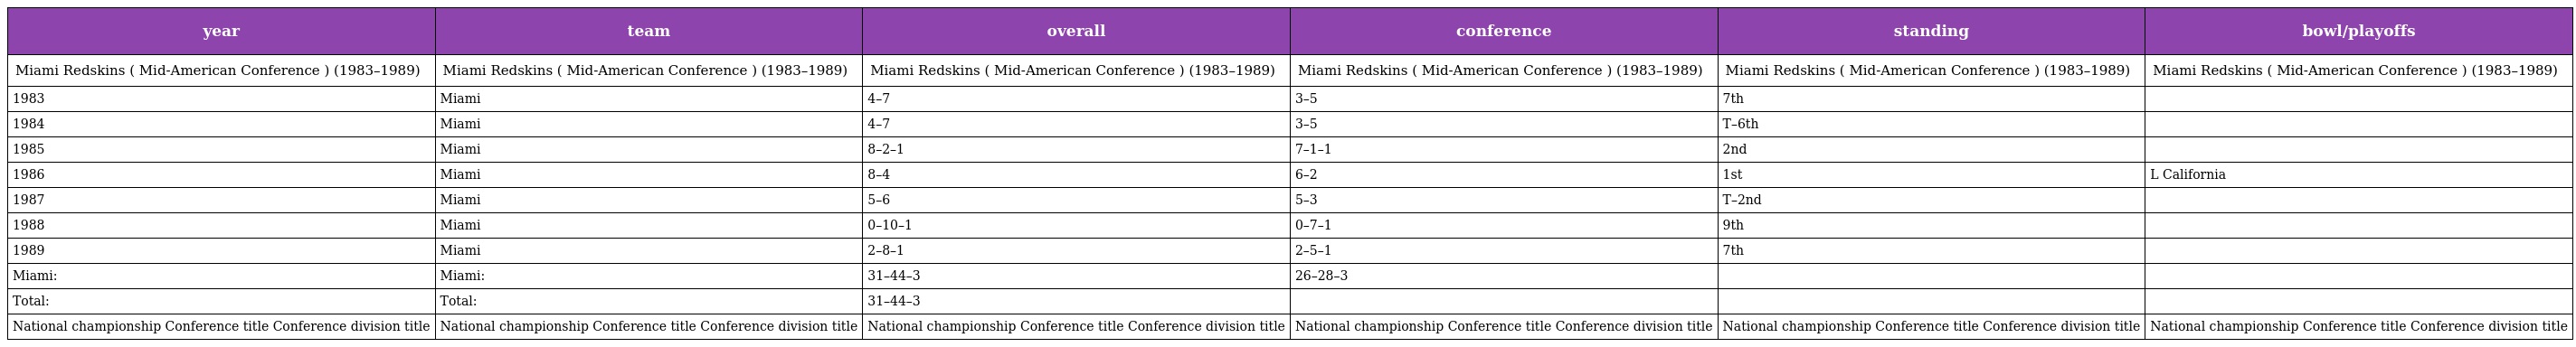
| year | team | overall | conference | standing | bowl/playoffs |
 | --- | --- | --- | --- | --- | --- |
 | Miami Redskins ( Mid-American Conference ) (1983–1989) | Miami Redskins ( Mid-American Conference ) (1983–1989) | Miami Redskins ( Mid-American Conference ) (1983–1989) | Miami Redskins ( Mid-American Conference ) (1983–1989) | Miami Redskins ( Mid-American Conference ) (1983–1989) | Miami Redskins ( Mid-American Conference ) (1983–1989) |
 | 1983 | Miami | 4–7 | 3–5 | 7th |  |
 | 1984 | Miami | 4–7 | 3–5 | T–6th |  |
 | 1985 | Miami | 8–2–1 | 7–1–1 | 2nd |  |
 | 1986 | Miami | 8–4 | 6–2 | 1st | L California |
 | 1987 | Miami | 5–6 | 5–3 | T–2nd |  |
 | 1988 | Miami | 0–10–1 | 0–7–1 | 9th |  |
 | 1989 | Miami | 2–8–1 | 2–5–1 | 7th |  |
 | Miami: | Miami: | 31–44–3 | 26–28–3 |  |  |
 | Total: | Total: | 31–44–3 |  |  |  |
 | National championship Conference title Conference division title | National championship Conference title Conference division title | National championship Conference title Conference division title | National championship Conference title Conference division title | National championship Conference title Conference division title | National championship Conference title Conference division title |